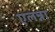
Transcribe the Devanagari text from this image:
एलन्ना